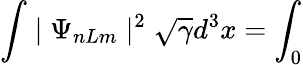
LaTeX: \int\mid\Psi_{nLm}\mid^{2}\sqrt{\gamma}d^{3}x=\int_{0}